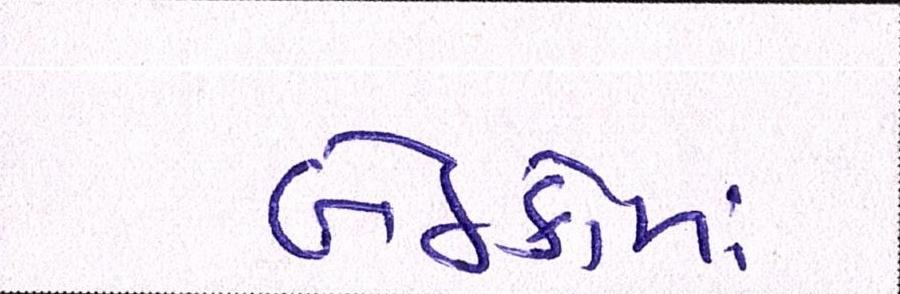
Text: બેઠકોમાં